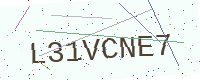
Text: L31VCNE7